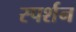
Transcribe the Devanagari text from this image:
स्पर्शन